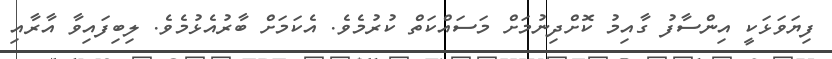
ފިޔަވަޅަކީ އިންސާފު ގާއިމު ކޮށްދިނުމަށް މަސައްކަތް ކުރުމެވެ. އެކަމަށް ބާރުއެޅުމެވެެ. ލިބިފައިވާ އާރާއި